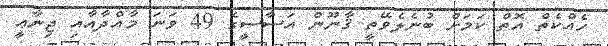
ހެއްކެތް އޮތް ކަމަށް ބުނެލެވޭތީ ޤާނޫން އަސާސީގެ 49 ވަނަ މާއްދާއާއި ޖިނާޢީ